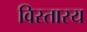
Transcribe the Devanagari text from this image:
विस्तारय